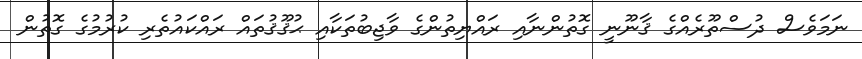
ނަމަވެސް ދުސްތޫރެއްގެ ޤާނޫނީ ގޮތުންނާއި ރައްޔިތުންގެ ވާޖިބުތަކާއި ޙުޤޫޤުތައް ރައްކައުތެރި ކުރުމުގެ ގޮތުން